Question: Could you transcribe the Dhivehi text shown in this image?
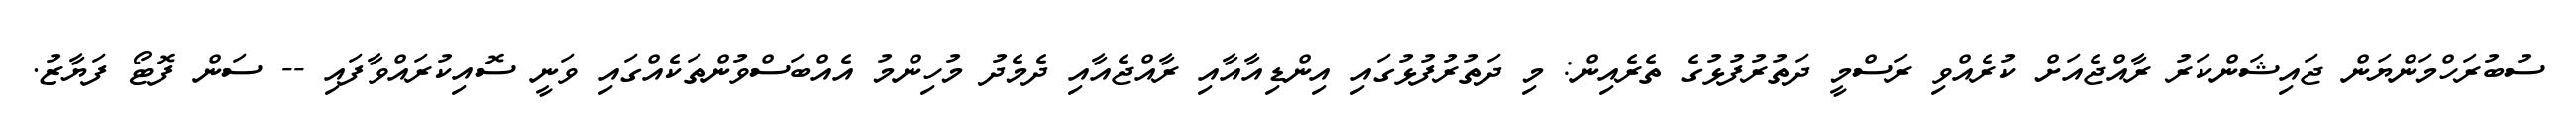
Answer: ސުބުރަހްމަންޔަން ޖައިޝަންކަރު ރާއްޖެއަށް ކުރެއްވި ރަސްމީ ދަތުރުފުޅުގެ ތެރެއިން: މި ދަތުރުފުޅުގައި އިންޑިއާއާއި ރާއްޖެއާއި ދެމެދު މުހިންމު އެއްބަސްވުންތަކެއްގައި ވަނީ ސޮއިކުރައްވާފައި -- ސަން ފޮޓޯ ފަޔާޒު.